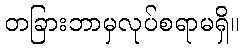
တခြားဘာမှလုပ်စရာမရှိ။